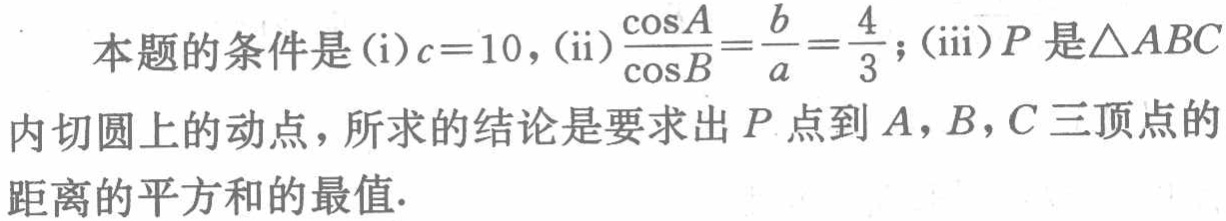
本题的条件是(i)\(c = 10\)，(ii)\(\frac{\cos A}{\cos B}=\frac{b}{a}=\frac{4}{3}\)；(iii)\(P\)是\(\triangle ABC\)内切圆上的动点，所求的结论是要求出\(P\)点到\(A,B,C\)三顶点的距离的平方和的最值.